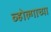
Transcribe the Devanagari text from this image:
व्होल्गाच्या